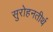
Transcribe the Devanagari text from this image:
सुरोहनतीर्थ